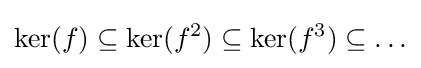
\mathrm {ker} (f)\subseteq \mathrm {ker} (f^{2})\subseteq \mathrm {ker} (f^{3})\subseteq \ldots